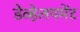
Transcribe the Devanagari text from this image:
डेव्हेलपमेंट